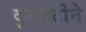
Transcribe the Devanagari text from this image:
दुरदृष्टीने